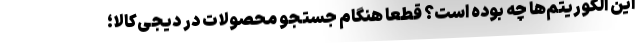
این الگوریتم‌ها چه بوده است؟ قطعا هنگام جستجو محصولات در دیجی‌کالا؛‌